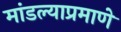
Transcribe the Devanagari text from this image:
मांडल्याप्रमाणे